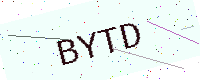
Text: BYTD